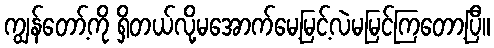
ကျွန်တော့်ကို ရှိတယ်လို့မအောက်မေ့မြင့်လဲမမြင်ကြတော့ပြီ။